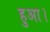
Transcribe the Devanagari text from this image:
हुअा।